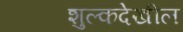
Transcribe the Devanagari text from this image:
शुल्कदेखील